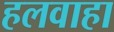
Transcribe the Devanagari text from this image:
हलवाहा